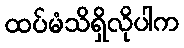
ထပ်မံသိရှိလိုပါက